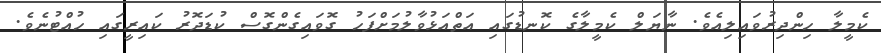
ކެމީލާ ހިންދިރުވައިލިއެވެ. ނާޔަލް ކެމީލާގެ ކޮނޑުގައި އަތްއަޅުވާލުމަށްފަހު ގޮވައިގެންގޮސް ކުޑަދޮރު ކައިރީގައި ހުއްޓުނެވެ.